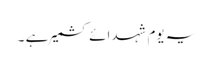
یہ یوم شہدائے کشمیر ہے ۔